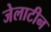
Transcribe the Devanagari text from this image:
जेलाटीन